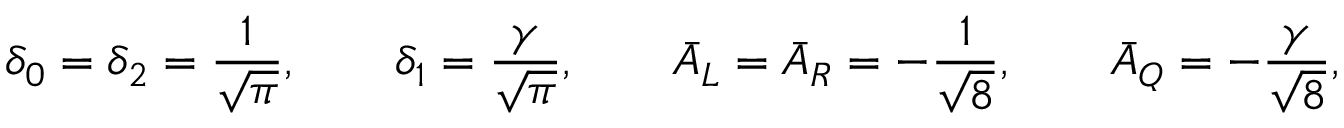
\delta _ { 0 } = \delta _ { 2 } = \frac { 1 } { \sqrt { \pi } } , \qquad \delta _ { 1 } = \frac { \gamma } { \sqrt { \pi } } , \qquad \bar { A } _ { { L } } = \bar { A } _ { { R } } = - \frac { 1 } { \sqrt { 8 } } , \qquad \bar { A } _ { { Q } } = - \frac { \gamma } { \sqrt { 8 } } ,